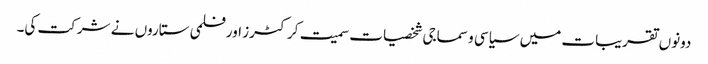
دونوں تقریبات میں سیاسی و سماجی شخصیات سمیت کرکٹرز اور فلمی ستاروں نے شرکت کی۔